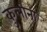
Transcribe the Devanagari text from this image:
कुलीना